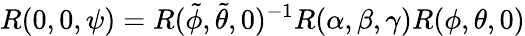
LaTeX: R(0,0,\psi)=R(\tilde{\phi},\tilde{\theta},0)^{-1}R(\alpha,\beta,\gamma)R(\phi,\theta,0)